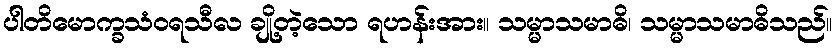
ပါတိမောက္ခသံဝရသီလ ချို့တဲ့သော ရဟန်းအား။ သမ္မာသမာဓိ၊ သမ္မာသမာဓိသည်။